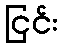
ငြင်း